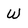
Character: W